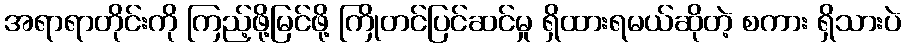
အရာရာတိုင်းကို ကြည့်ဖို့မြင်ဖို့ ကြိုတင်ပြင်ဆင်မှု ရှိထားရမယ်ဆိုတဲ့ စကား ရှိသားပဲ